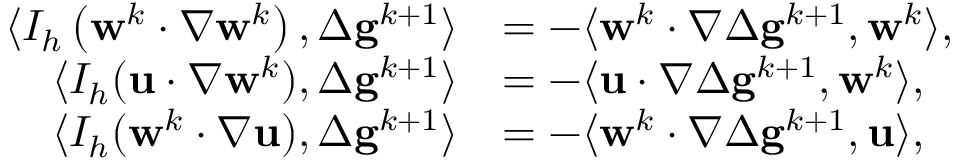
\begin{array} { r l } { \langle I _ { h } \left( \mathbf { w } ^ { k } \cdotp \nabla \mathbf { w } ^ { k } \right) , \Delta \mathbf { g } ^ { k + 1 } \rangle } & { = - \langle \mathbf { w } ^ { k } \cdotp \nabla \Delta \mathbf { g } ^ { k + 1 } , \mathbf { w } ^ { k } \rangle , } \\ { \langle I _ { h } ( \mathbf { u } \cdotp \nabla \mathbf { w } ^ { k } ) , \Delta \mathbf { g } ^ { k + 1 } \rangle } & { = - \langle \mathbf { u } \cdotp \nabla \Delta \mathbf { g } ^ { k + 1 } , \mathbf { w } ^ { k } \rangle , } \\ { \langle I _ { h } ( \mathbf { w } ^ { k } \cdotp \nabla \mathbf { u } ) , \Delta \mathbf { g } ^ { k + 1 } \rangle } & { = - \langle \mathbf { w } ^ { k } \cdotp \nabla \Delta \mathbf { g } ^ { k + 1 } , \mathbf { u } \rangle , } \end{array}